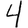
Digit: 4